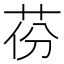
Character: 𦮪